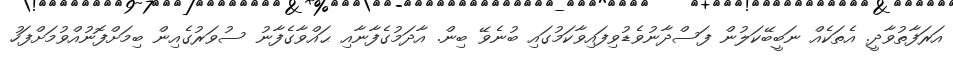
އަރަފާތުވާދީ. އެތަކެއް ނަބީބޭކަލުން ފަސްދާނުވެޑުވިފައިވާކަމުގައި ބުނެވޭ ބިން. އާދަމުގެފާނާއި ޙައްވާގެފާނު ސުވަރުގެއިން ބިމަށްފޮނުއްވުމަށްފަހު